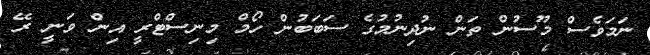
ނަމަވެސް މޫސުން ތަން ނުދިނުމުގެ ސަބަބުން ހޯމް މިނިސްޓްރީ އިން ވަނީ ރޭ